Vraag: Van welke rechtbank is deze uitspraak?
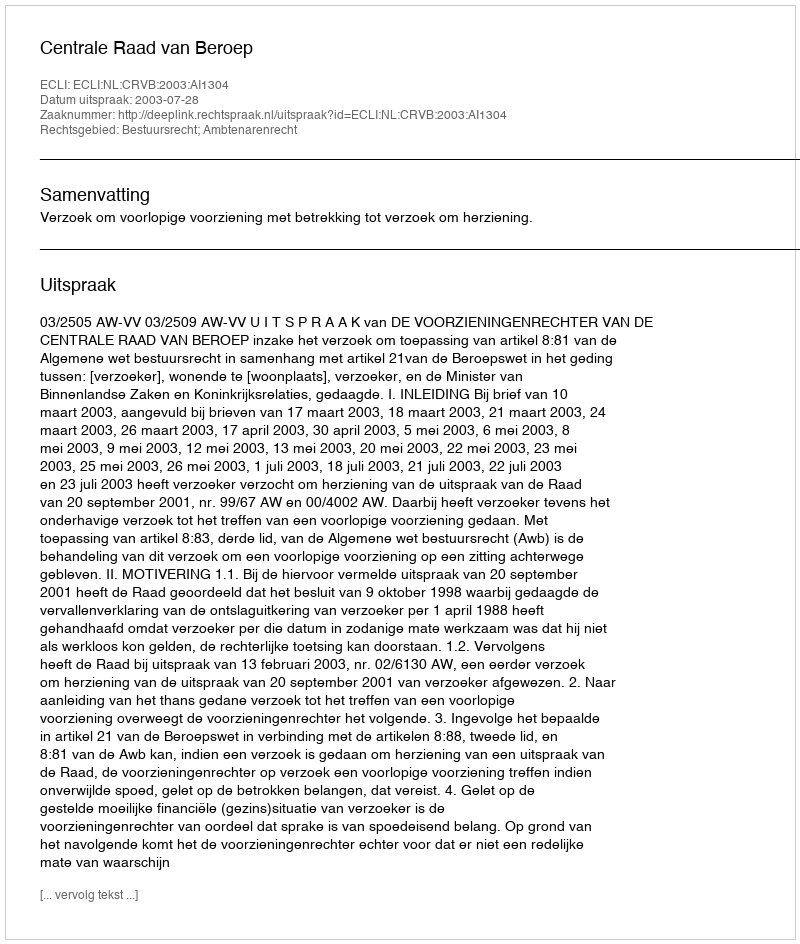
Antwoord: Centrale Raad van Beroep